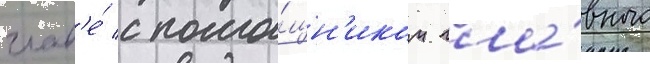
глав'е́ с помо́щн'иком гла́вного